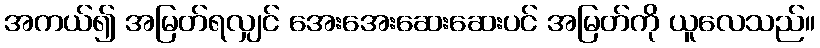
အကယ်၍ အမြတ်ရလျှင် အေးအေးဆေးဆေးပင် အမြတ်ကို ယူလေသည်။